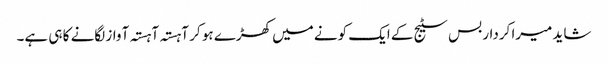
شاید میرا کردار بس سٹیج کے ایک کونے میں کھڑے ہو کر آہستہ آہستہ آواز لگانے کا ہی ہے۔